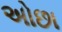
અોછા